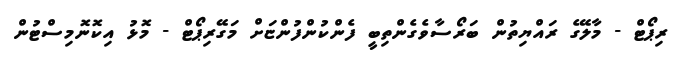
ރިޕޯޓް - މާލޭގެ ރައްޔިތުން ބަރޯސާވެގެންތިބީ ފެންކުންފުންޏަށް މަގޭރިޕޯޓް - މޮޅު އިކޮނޮމިސްޓުން